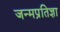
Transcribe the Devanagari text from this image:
जन्मप्रतिज्ञा